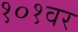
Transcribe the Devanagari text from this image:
१०१वर